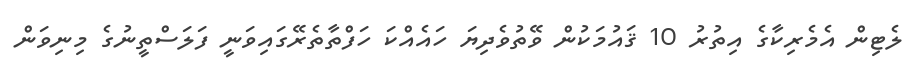
ލެޓިން އެމެރިކާގެ އިތުރު 10 ޤައުމަކުން ވޭތުވެދިޔަ ހައެއްކަ ހަފްތާތެރޭގައިވަނީ ފަލަސްތީނުގެ މިނިވަން